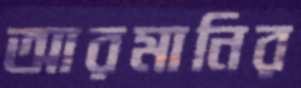
আরমানির